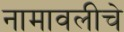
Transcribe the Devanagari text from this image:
नामावलीचे